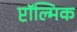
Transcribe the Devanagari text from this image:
प्टॉल्मिक